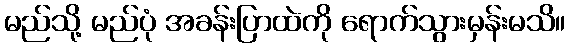
မည်သို့ မည်ပုံ အခန်းပြာထဲကို ရောက်သွားမှန်းမသိ။